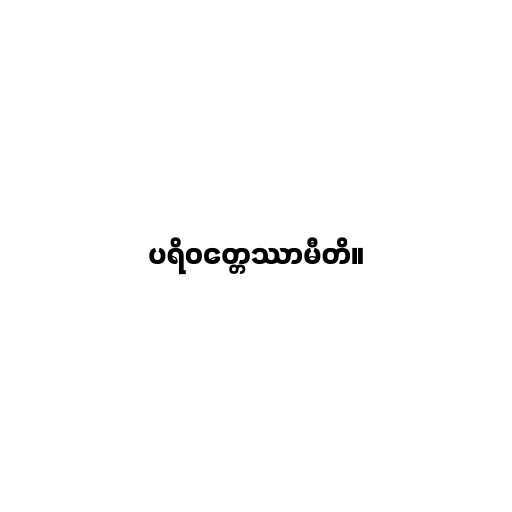
ပရိဝတ္တေဿာမီတိ။